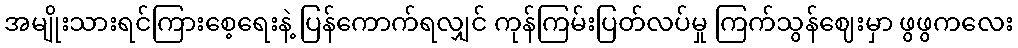
အမျိုးသားရင်ကြားစေ့ရေးနဲ့ ပြန်ကောက်ရလျှင် ကုန်ကြမ်းပြတ်လပ်မှု ကြက်သွန်ဈေးမှာ ဖွဖွကလေး